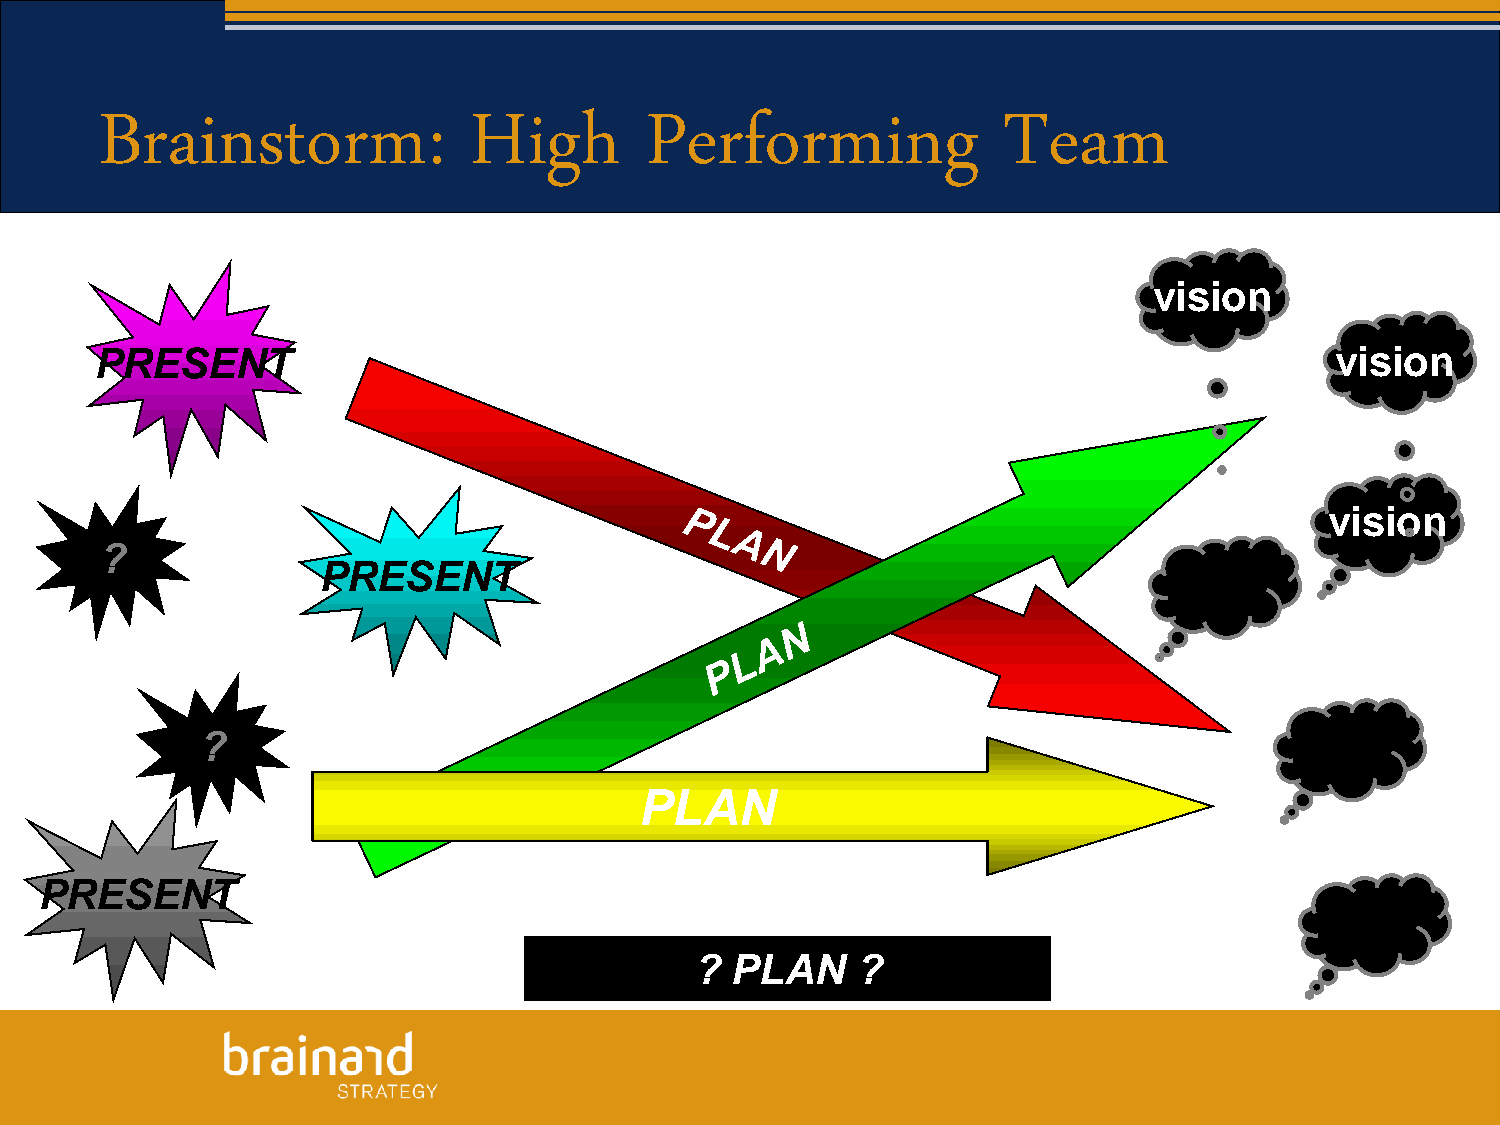
Brainstorm:             High        Performing             Team
 vision
 PRESENT                                                                           vviissiioonn
 vision
 ?
 PRESENT
 ?
 PLAN
 PRESENT
 ? PLAN     ?